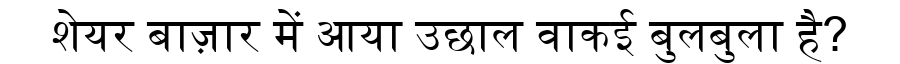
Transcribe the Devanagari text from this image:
शेयर बाज़ार में आया उछाल वाकई बुलबुला है?